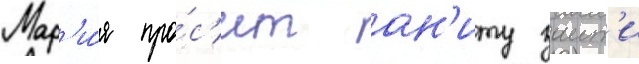
Мар'и́я про́с'ит ан'иту заит'и